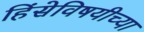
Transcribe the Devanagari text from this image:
हिंसेविषयीच्या